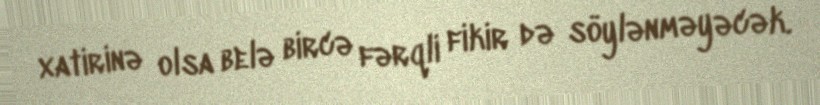
xatirinə olsa belə bircə fərqli fikir də söylənməyəcək.